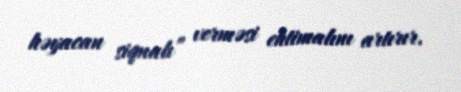
həyacan siqnalı” verməsi ehtimalını artırır.